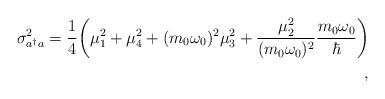
LaTeX: \begin{align*}\sigma^2_{a^\dagger a} = {1\over 4} \biggl( \mu^2_1 +\mu^2_4 + (m_0\omega_0)^2 \mu^2_3 + {\mu^2_2 \over(m_0 \omega_0)^2}{m_0\omega_0 \over \hbar} \biggr)\\ ,\end{align*}